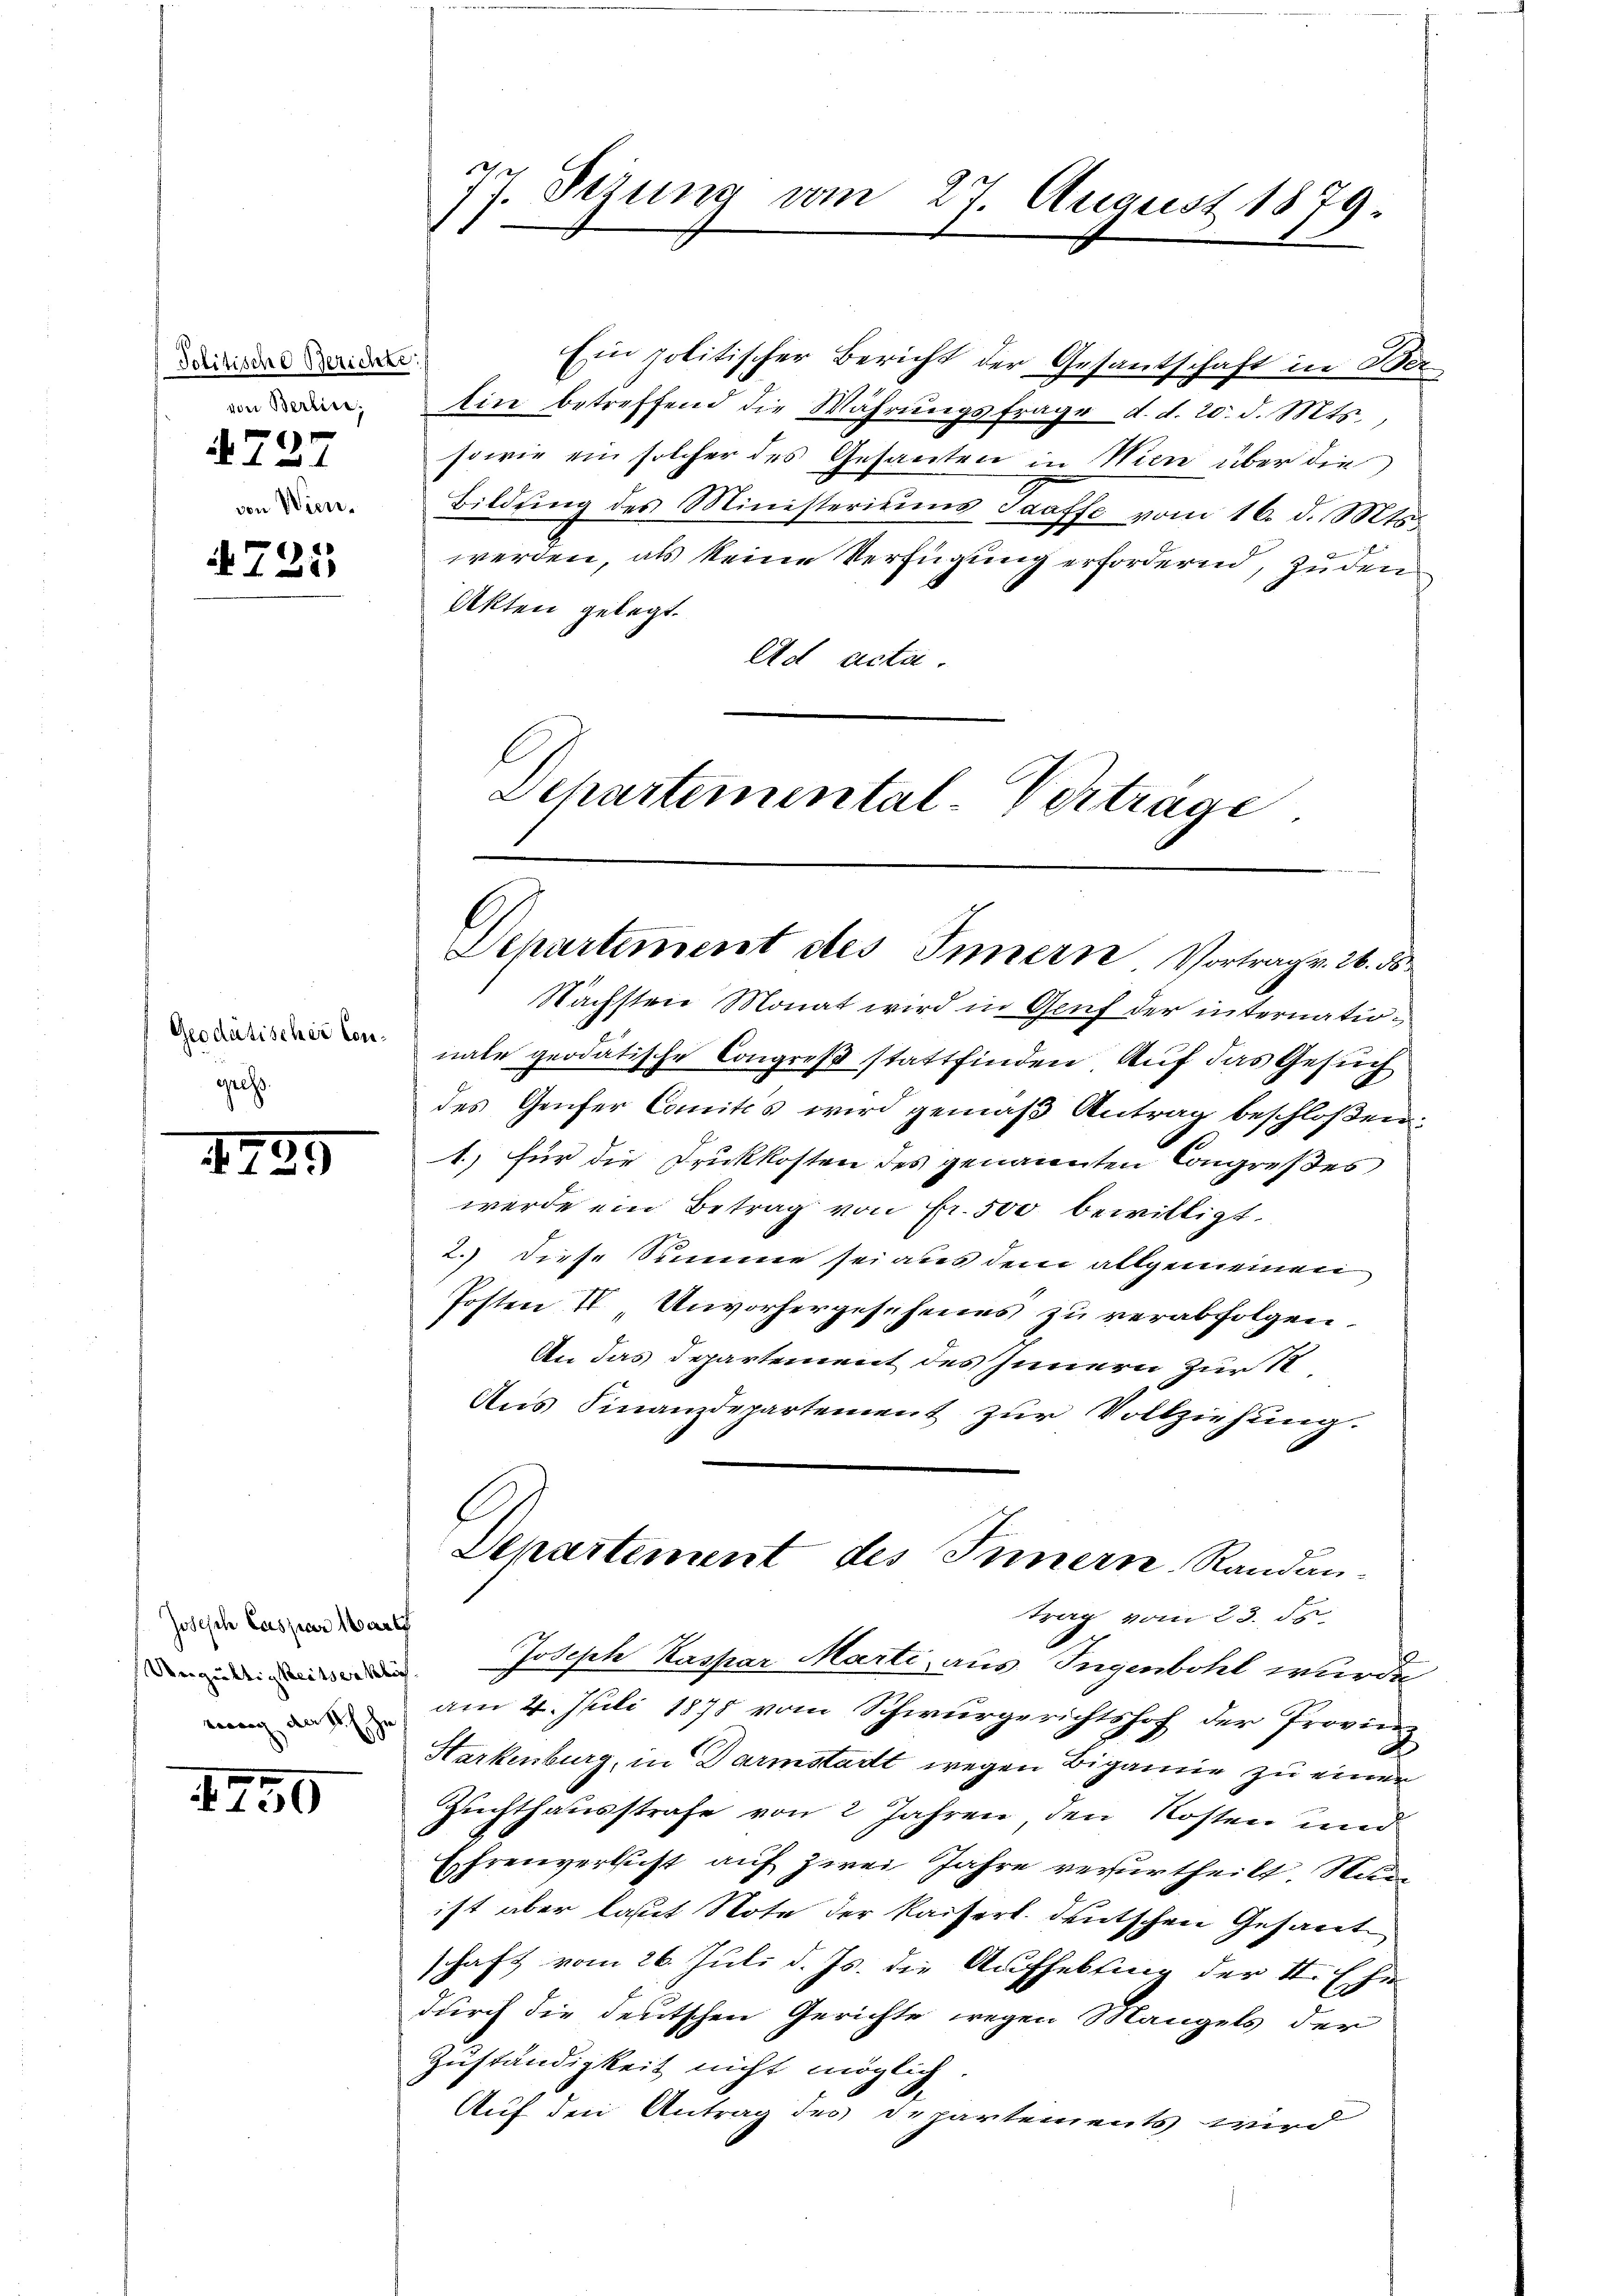
Politische Berichte.
von Berlin,
A727
von Wien¬

4725

Geodatischer Congeist

1795

Josisch Caspar Mart
Ungültigkeitserklich
rewig der S. Ehe

4250

47. Setzung vom 27. August 1879.
.
.

Ein politischer Bericht der Gesantschaft in Ber
Ein betreffend die Wahrŭngsfrage d. d. 20. d. Mts.,
sowie ein solcher des Gesanten in Wien über die
Bildung des Ministeriums Taaffe vom 16. d. Mts.
werden, als keine Verfügung erfordernd, zuden
Akten gelegt.
Ad acta.

Schartemental Vertrage.

Departement des Innern Vortrag v. 26. ds

Nächsten Monat wird in Gruf der internationale geodatische Congreß stattfinden Auf das Gesuch
des Genfer Comités wird gemäß Antrag beschloßen:
1.) für die Druckkosten des genannten Congreßes
werde ein Betrag von Fr. 500 bewilligt.
2.) Diese Summe sei aus dem allgemeinen
Posten II Unvorhergesehenes zu verabfolgen.
An das Departement des Innern zur S
Aŭs Finanzdepartement zŭr Vollziehung.
Joseph Kaspar Marti, aus Ingenbohl wurde
am 4. Juli 1878 vom Schwurgerichtshof der Provinz
Harkenburg, in Darmstadt wegen Bigamie zu einer
Zuchthausstrafe von 2 Jahren den Kosten und
Ehrenversicht auf zwei Jahre verurtheilt, Nau
ist aber lasst Note der Kaiserl. deutschen Gesarte
schaft vom 26. Juli d. Js. die Aufhebung der II. Ehe
durch die deutschen Gerichte wegen Mangels der
Zuständigkeit nicht möglich.
Auf den Antrag des Departements wird

Departement des Innern Randan-
trag vom 23. ds.